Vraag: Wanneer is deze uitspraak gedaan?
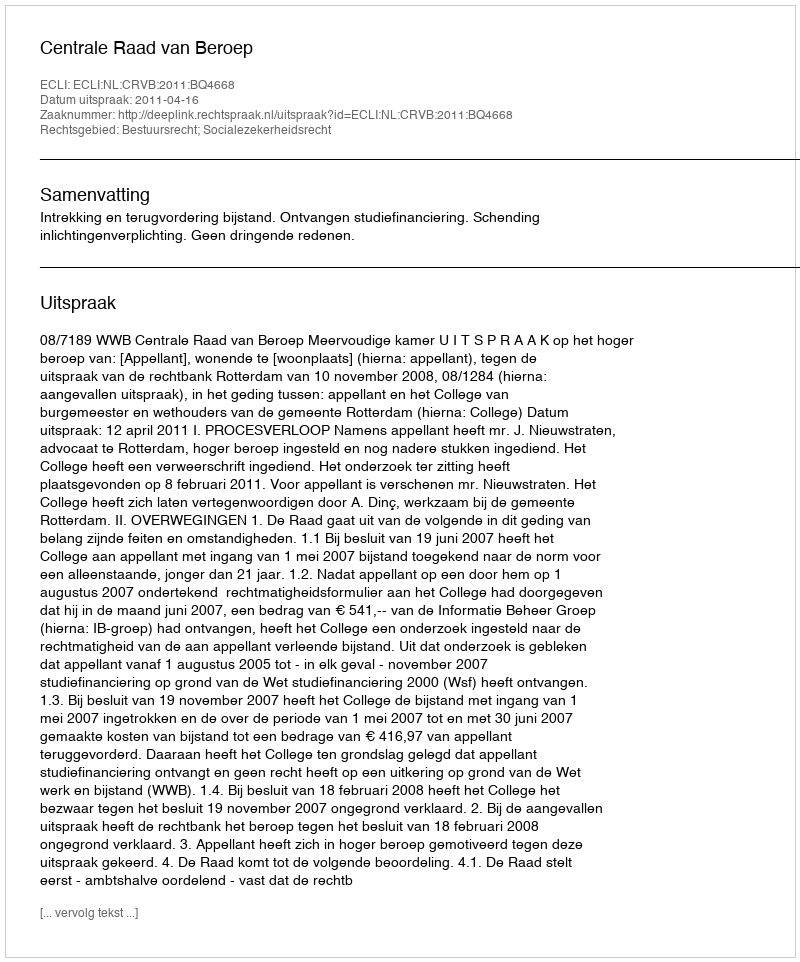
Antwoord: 2011-04-16